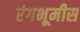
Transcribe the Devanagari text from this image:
रंगभूमीस